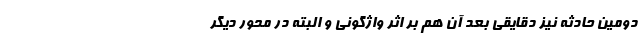
دومین حادثه نیز دقایقی بعد آن هم بر اثر واژگونی و البته در محور دیگر